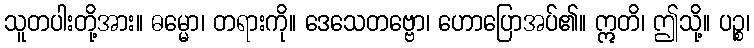
သူတပါးတို့အား။ ဓမ္မော၊ တရားကို။ ဒေသေတဗ္ဗော၊ ဟောပြောအပ်၏။ ဣတိ၊ ဤသို့။ ပဉ္စ၊